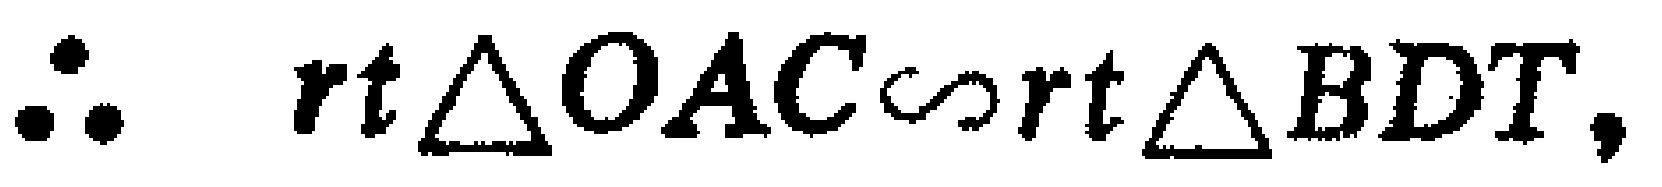
\(\therefore\ rt\triangle OAC\sim rt\triangle BDT,\)